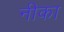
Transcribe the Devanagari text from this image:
नीका